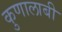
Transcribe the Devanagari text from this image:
कुणालाबी